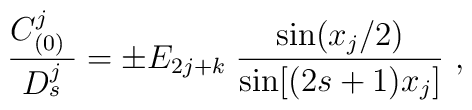
{C^j_{(0)}\; \over D^j_s} =  \pm E_{2j+k}\; {{\rm sin}{(x_j/ 2)}\over{\rm sin}{[(2s+1) x_j}]}\ ,